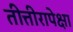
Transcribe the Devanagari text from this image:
तीत्तीरापेक्षा